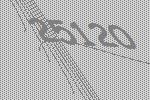
25120